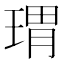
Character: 𱯋